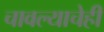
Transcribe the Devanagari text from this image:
चावल्याचेही